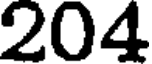
204